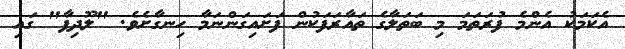
އެކަމަކު އެންމެ ފުރަތަމަ މި ބަތަލާގެ ތައާރަފަކުން ފަށައިގަންނަމާ ހިނގާށެވެ. "ލޫދިފާ" ގައި